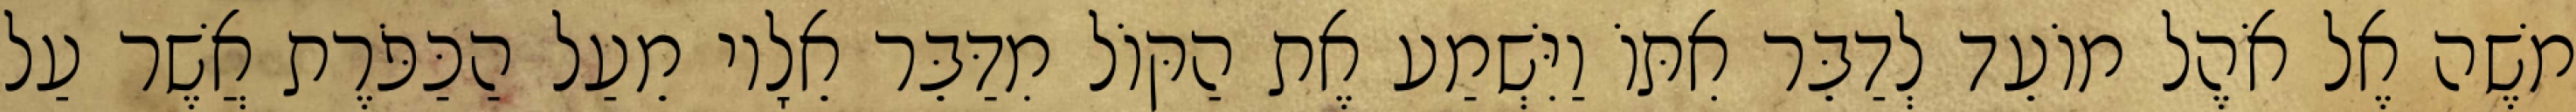
משֶׁה אֶל אֹהֶל מוֹעֵד לְדַבֵּר אִתּוֹ וַיִּשְׁמַע אֶת הַקּוֹל מִדַּבֵּר אֵלָיו מֵעַל הַכַּפֹּרֶת אֲשֶׁר עַל